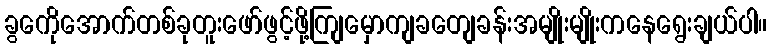
ခွကေိုအောက်တစ်ခုတူးဖော်ဖွင့်ဖို့ကျြမှောကျခတျေခန်းအမျိုးမျိုးကနေရွေးချယ်ပါ။